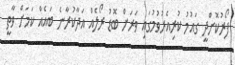
ފޯރުކޮށްދީ ގައުމު ކުރިއެރުވުމުގައި ވަރަށް ބޮޑު ރޯލެއް އަދާކުރާނެ ބައެއް ކަމަށް ވާތީ